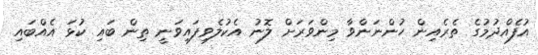
އުފެއްދުމުގެ ތެރެއިން ހުންނަންވާ މިންވަރަށް ލޮނު އެކުލެވިފައިވަނީ ތިން ބައި ކުޅަ އެއްބައި